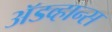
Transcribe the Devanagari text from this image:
अॅडव्हान्स